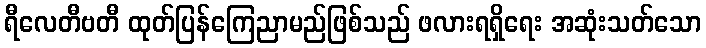
ရီလေတီဗတီ ထုတ်ပြန်ကြေညာမည်ဖြစ်သည် ဖလားရရှိရေး အဆုံးသတ်သော